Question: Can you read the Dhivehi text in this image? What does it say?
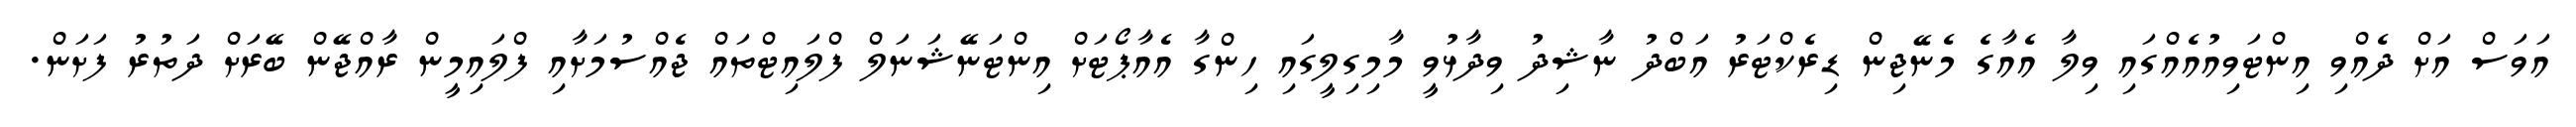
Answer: އަވަސް އަށް ދެއްވި އިންޓަވިއުއެއްގައި ވިލާ އެއާގެ މެނޭޖިން ޑިރެކްޓަރު އަބްދު ނާޝިދު ވިދާޅުވީ މާމިގިލީގައި ހިންގާ އެއާޕޯޓަށް އިންޓަނޭޝަނަލް ފްލައިޓްތައް ޖެއްސުމަށާއި ފްލައިމީން ރާއްޖޭން ބޭރަށް ދަތުރު ފަށަން.